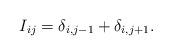
LaTeX: \begin{align*}I_{ij}=\delta_{i, j-1}+ \delta_{i, j+1}.\end{align*}